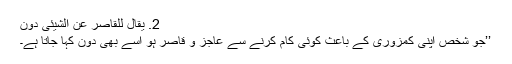
2. يقال للقاصر عن الشيئی دُون
’’جو شخص اپنی کمزوری کے باعث کوئی کام کرنے سے عاجز و قاصر ہو اسے بھی دُوْن کہا جاتا ہے۔